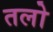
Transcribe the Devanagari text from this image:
तलो